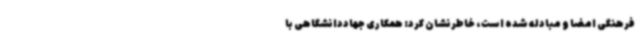
فرهنگی امضا و مبادله شده است، خاطرنشان کرد: همکاری جهاددانشگاهی با